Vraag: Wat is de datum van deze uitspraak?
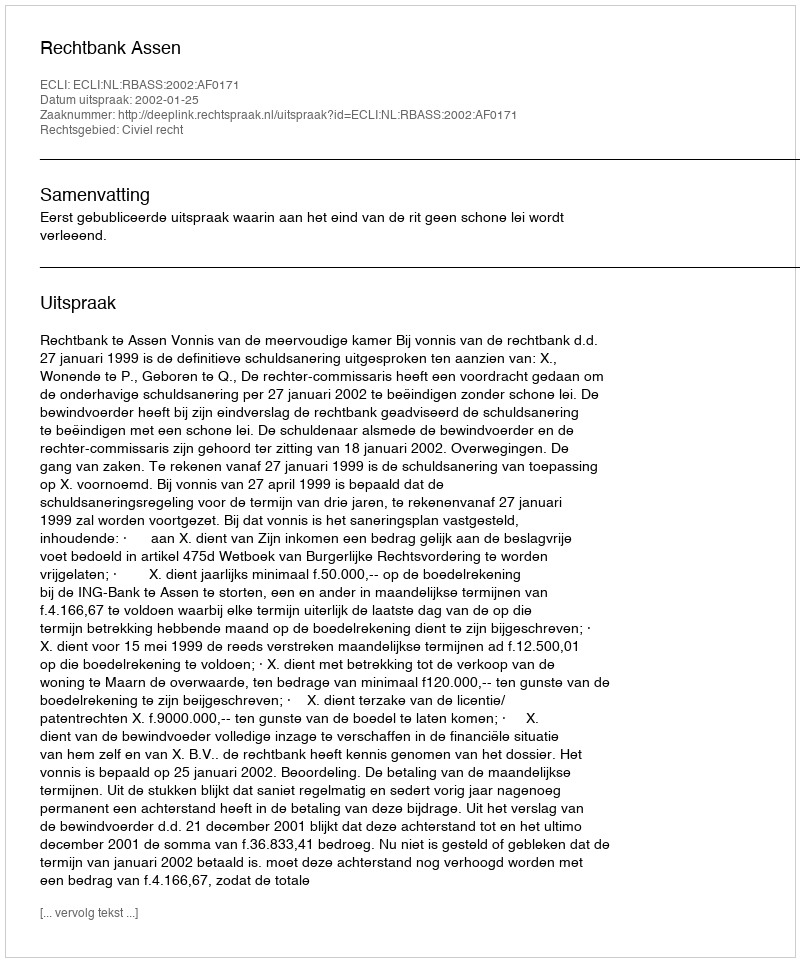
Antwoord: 2002-01-25